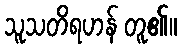
သူသတိရဟန် တူ၏။